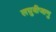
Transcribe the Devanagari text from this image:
लघुबीजाणु